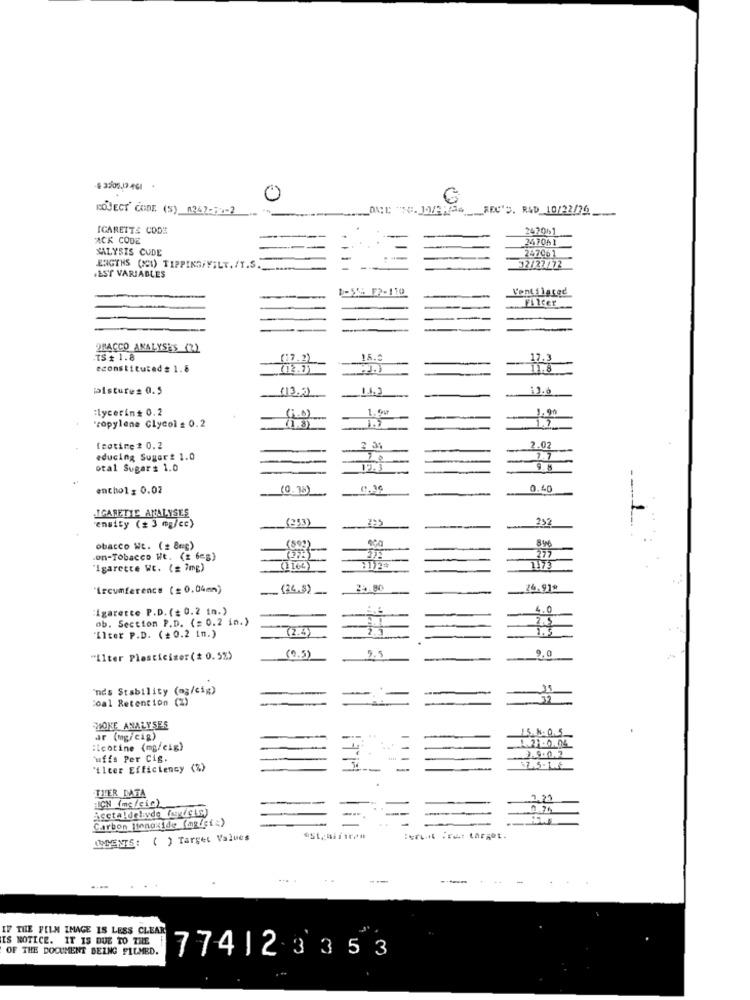
0
ROJECT' CODE (S) 0247-71-2
ONE "SC. JOVEN36 ___ REC'S. RAD 10/22/76
ICARETTS CODE
242051
ACK CODE
247051
XALYSIS CUDE
247061
LIGTHS (CI) TIPPING/YILT. /T.S ._.......
32/27/72
.EST VARIABLES
1-5% F2-110
Ventilated
Filter
2RACCO ANALYSES (2)
TS # 1.8
(17.2)
15.ª
17.3
econstituted# 1.8
(12.1)
11.8
Distures 0.5
(13.2)
13.6
:lycerin# 0.2
1.99
Propylene Glycol = 0.2
1.7
Icotime # 0.2
2 31
2.02
educing Sugar # 1.0
2.7
otal Sugar # 1.0
9.5
entholz 0.02
(0.3%)
0,36
0.40
ICARETTE ANALYSES
(253)
295
252
ensity (# 3 mg/cc)
(592)
obacco WE. ( 8cc)
.on-Tobacco Ht. (2 6=g)
"Igarette WC. (# 7mg)
(1 166)
"Iscumference (= 0.04mm)
... (24.8)
23.00
24.91ª
Cigarette P.D. (= 0.2 in.)
6.0
ob. Section P.D. (= 0.2 in.)
2.5
(2.4)
Ilter P.D. (=0.2 in.)
"ilter Plasticiser( # 0.5%)
(9.5)
9.0
"nds Stability (ag/ci")
coal Retention (%)
HOKE ANALYSES
15.8. 0.5
ar (mg/cig)
1.21.0.04
:icotine (mg/cig)
uffs Per Cig.
3.9.1.2
ilcer Efficiency (%)
$7.5.1.6
TIER DATA
-
Acctaldelavde (arg/cis)
HIÇN (mc /cic)
Carbon Monoxide (mg/ct;)
OMMENTS: ( ) Target Values
est, nifica#
:eruit . rit target.
IF THE FILM IMAGE IS LESS CLEAR
IS NOTICE. IT IS DUE TO THE
OF THE DOCUMENT BEING FILMED.
774|23353